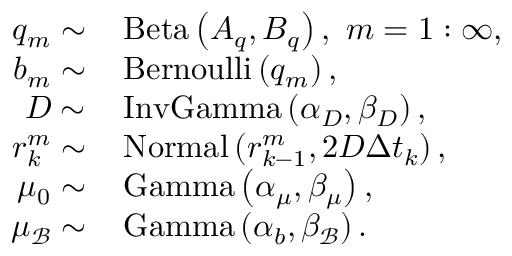
\begin{array} { r l } { q _ { m } \sim } & { \, \mathrm { B e t a } \left( A _ { q } , B _ { q } \right) , \, \, m = 1 : \infty , } \\ { b _ { m } \sim } & { \, \mathrm { B e r n o u l l i } \left( q _ { m } \right) , } \\ { D \sim } & { \, \mathrm { I n v G a m m a } \left( \alpha _ { D } , \beta _ { D } \right) , } \\ { \boldsymbol { r } _ { k } ^ { m } \sim } & { \, \mathrm { N o r m a l } \left( \boldsymbol { r } _ { k - 1 } ^ { m } , 2 D \Delta t _ { k } \right) , } \\ { \mu _ { 0 } \sim } & { \, \mathrm { G a m m a } \left( \alpha _ { \mu } , \beta _ { \mu } \right) , } \\ { \mu _ { \mathcal { B } } \sim } & { \, \mathrm { G a m m a } \left( \alpha _ { b } , \beta _ { \mathcal { B } } \right) . } \end{array}